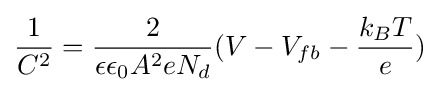
{\frac {1}{C^{2}}}={\frac {2}{\epsilon \epsilon _{0}A^{2}eN_{d}}}(V-V_{fb}-{\frac {k_{B}T}{e}})